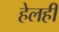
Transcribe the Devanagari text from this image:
हेलही